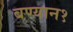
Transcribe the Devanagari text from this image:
बण्यान१